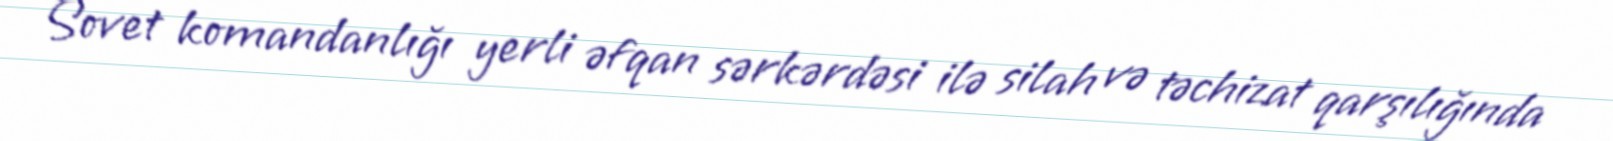
Sovet komandanlığı yerli əfqan sərkərdəsi ilə silah və təchizat qarşılığında